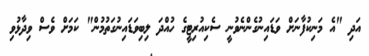
އަދި "އެ މަނިކުފާނަށް ވަޑައިނުގެންނެވުނީ ސެކިއުރިޓީގެ ހުއްދަ ލިބިވަޑައިނުގަތުމުން" ކަމަށް ވެސް ވިދާޅުވި